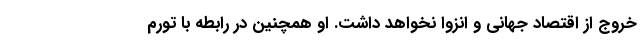
خروج از اقتصاد جهانی و انزوا نخواهد داشت. او همچنین در رابطه با تورم